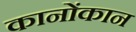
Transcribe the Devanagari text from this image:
कानोंकान